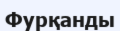
Фурқанды